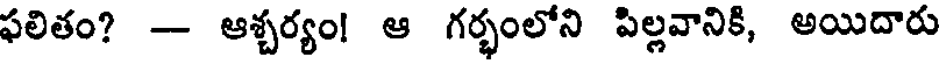
ఫలితం? - ఆశ్చర్యం! ఆ గర్భంలోని పిల్లవానికి, అయిదారు